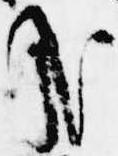
哉